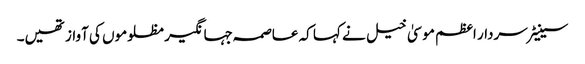
سینیٹر سردار اعظم موسیٰ خیل نے کہا کہ عاصمہ جہانگیر مظلوموں کی آواز تھیں۔